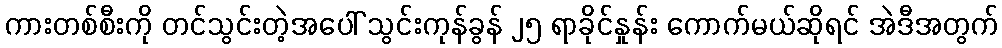
ကားတစ်စီးကို တင်သွင်းတဲ့အပေါ် သွင်းကုန်ခွန် ၂၅ ရာခိုင်နှုန်း ကောက်မယ်ဆိုရင် အဲဒီအတွက်